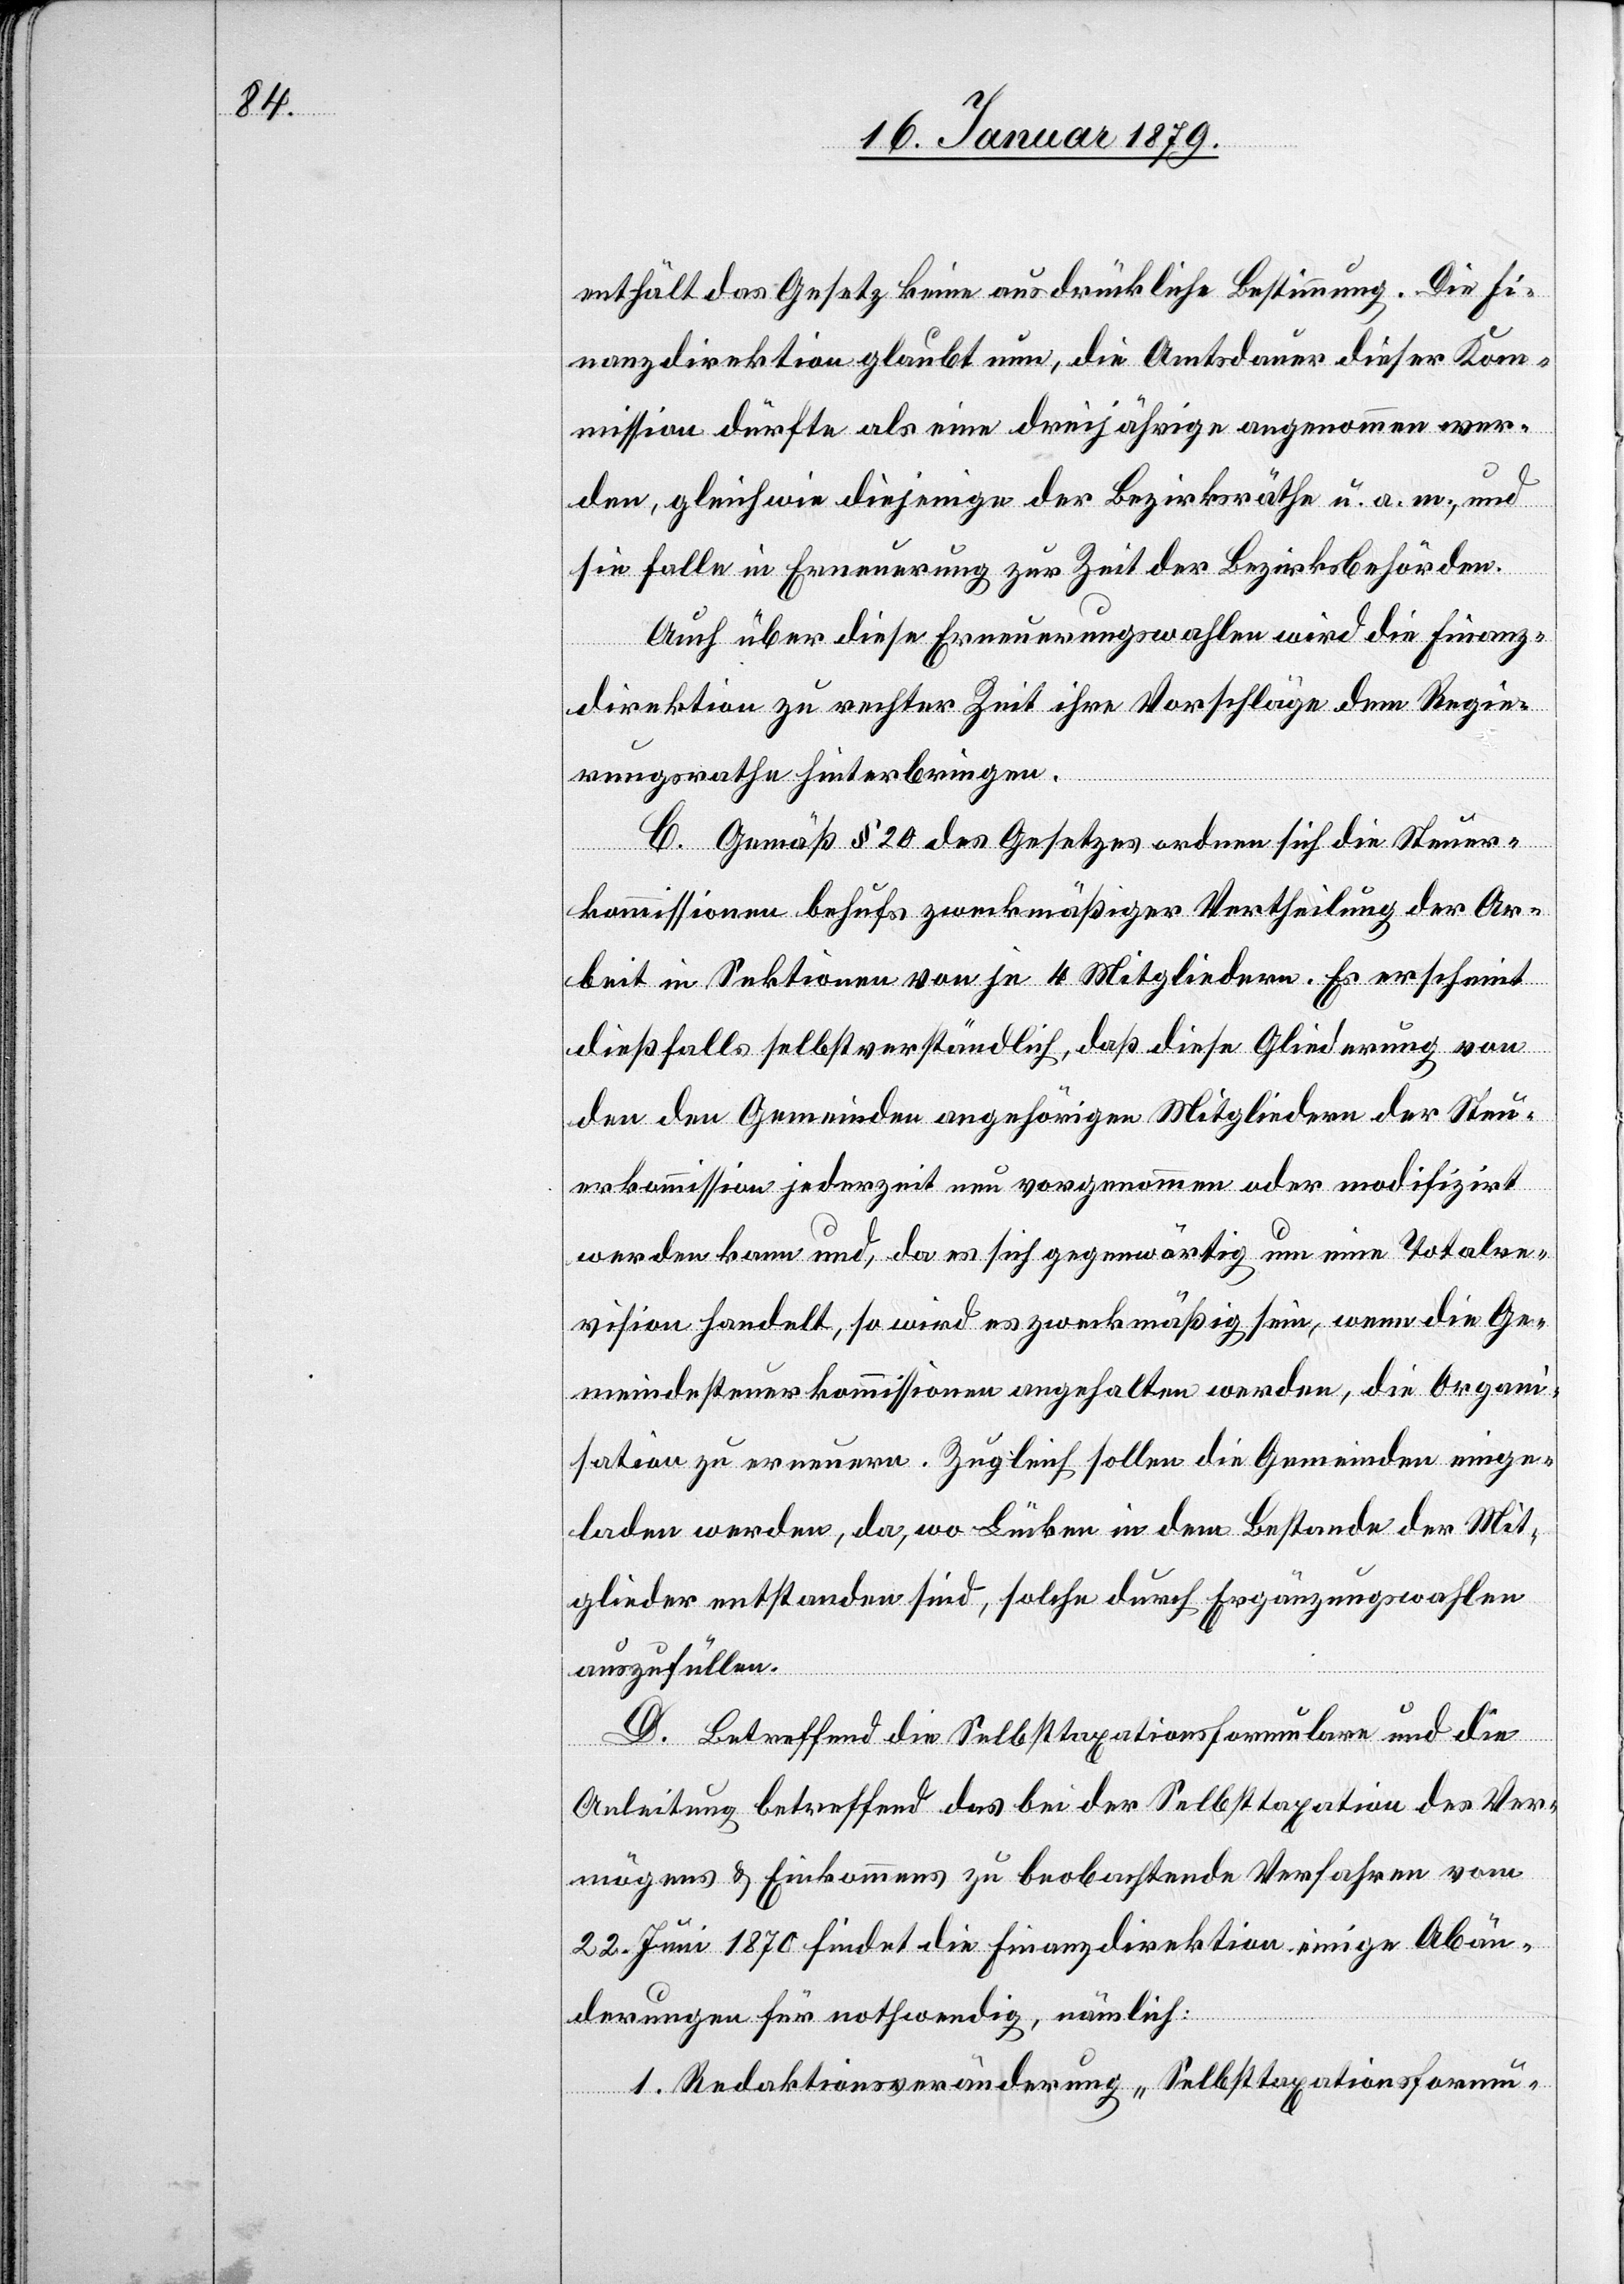
enthält das Gesetz keine ausdrückliche Bestimmmung. Die Fi¬
nanzdirektion glaubt nun, die Amtsdauer dieser Kom¬
mission dürfte als eine dreijährige angenommen wer¬
den, gleich wie diejenige der Bezirksräthe u. a. m., und
sie falle in Erneuerung zur Zeit der Bezirksbehörden.
Auch über diese Erneuerungswahlen wird die Finanz¬
direktion zu rechter Zeit ihre Vorschläge dem Regie¬
rungsrathe hinterbringen.
C. Gemäß § 20 des Gesetzes ordnen sich die Steuer¬
kommissionen behufs zweckmäßiger Vertheilung der Ar¬
beit in Sektionen von je 4 Mitgliedern. Es erscheint
dießfalls selbstverständlich, daß diese Gliederung von
den den Gemeinden angehörigen Mitgliedern der Steu¬
erkommission jederzeit neu vorgenommen oder modifizirt
werden kann und, da es sich gegenwärtig um eine Totalre¬
vision handelt, so wird es zweckmäßig sein, wenn die Ge¬
meindesteuerkommissionen angehalten werden, die Organi¬
sation zu erneuern. Zugleich sollen die Gemeinden einge¬
laden werden, da, wo Lücken in dem Bestande der Mit¬
glieder entstanden sind, solche durch Ergänzungswahlen
auszufüllen.
D. Betreffend die Selbsttaxationsformulare und die
Anleitung betreffend das bei der Selbsttaxation des Ver¬
mögens & Einkommens zu beobachtende Verfahren vom
22. Juni 1870 findet die Finanzdirektion einige Abän¬
derungen für nothwendig, nämlich:
1. Redaktionsveränderung „Selbsttaxationsformu-